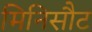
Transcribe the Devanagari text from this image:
मिनिसौट